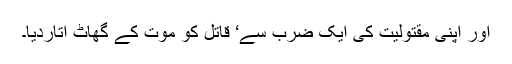
اور اپنی مقتولیت کی ایک ضرب سے‘ قاتل کو موت کے گھاٹ اتاردیا۔